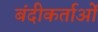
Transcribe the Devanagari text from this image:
बंदीकर्ताओं